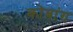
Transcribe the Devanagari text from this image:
कोबांग